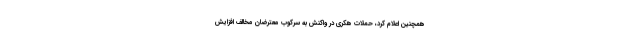
همچنین اعلام کرد، حملات هکری در واکنش به سرکوب معترضان مخالف افزایش